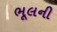
ભૂલની